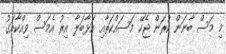
މި މަސް ބާނަން ކުރަން ޖެހޭ މަސައްކަތާއި އަޅާބަލާ އިރު އެމަސް ވިއްކާއަގު